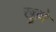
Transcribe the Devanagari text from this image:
खुल्ले